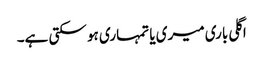
اگلی باری میری یا تمہاری ہو سکتی ہے۔